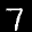
Label: 7